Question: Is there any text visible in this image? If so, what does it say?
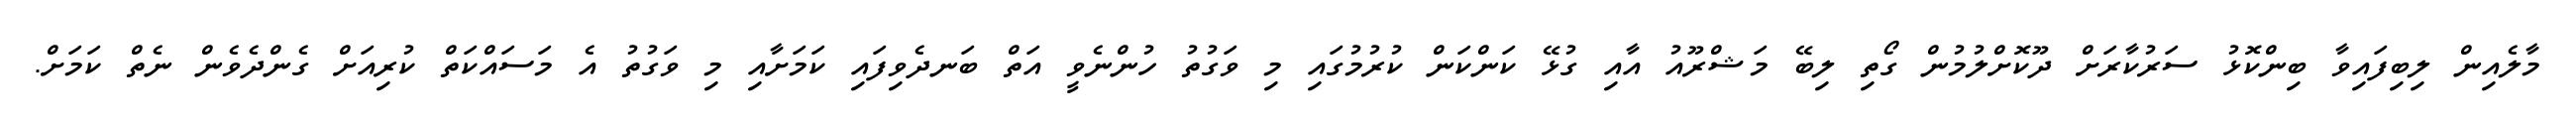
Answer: މާލެއިން ލިބިފައިވާ ބިންކޮޅު ސަރުކާރަށް ދޫކޮށްލުމުން ގޯތި ލިބޭ މަޝްރޫއު އާއި ގުޅޭ ކަންކަން ކުރުމުގައި މި ވަގުތު ހުންނެވީ އަތް ބަނދެވިފައި ކަމަށާއި މި ވަގުތު އެ މަސައްކަތް ކުރިއަށް ގެންދެވެން ނެތް ކަމަށް.